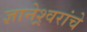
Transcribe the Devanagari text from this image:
ज्ञानेश्र्वरांचे